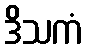
ဒိသကံ